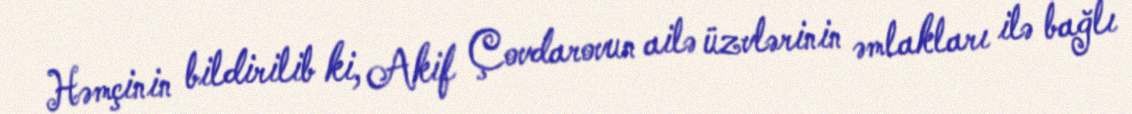
Həmçinin bildirilib ki, Akif Çovdarovun ailə üzvlərinin əmlakları ilə bağlı